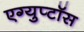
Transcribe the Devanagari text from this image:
एग्युप्टॉस